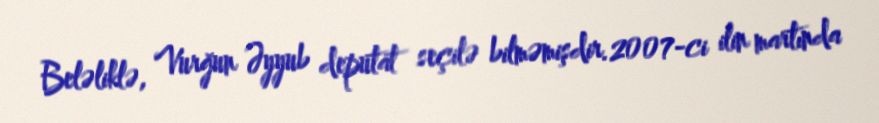
Beləliklə, Vurğun Əyyub deputat seçilə bilməmişdir.2007-ci ilin martında